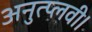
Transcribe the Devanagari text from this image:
अनुत्प्लवी।